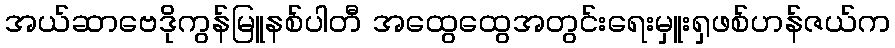
အယ်ဆာဗေဒိုကွန်မြူနစ်ပါတီ အထွေထွေအတွင်းရေးမှူးရှဖစ်ဟန်ဇယ်က